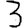
Digit: 3